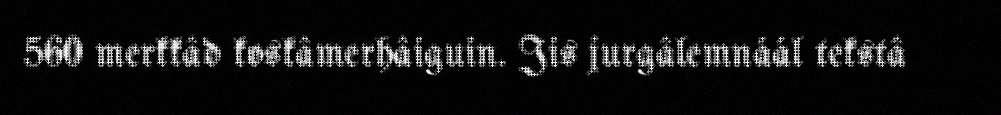
560 merkkâd koskâmerhâiguin. Jis jurgâlemnáál tekstâ